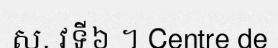
ស. វទី៦ ។ Centre de